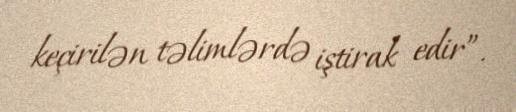
keçirilən təlimlərdə iştirak edir”.